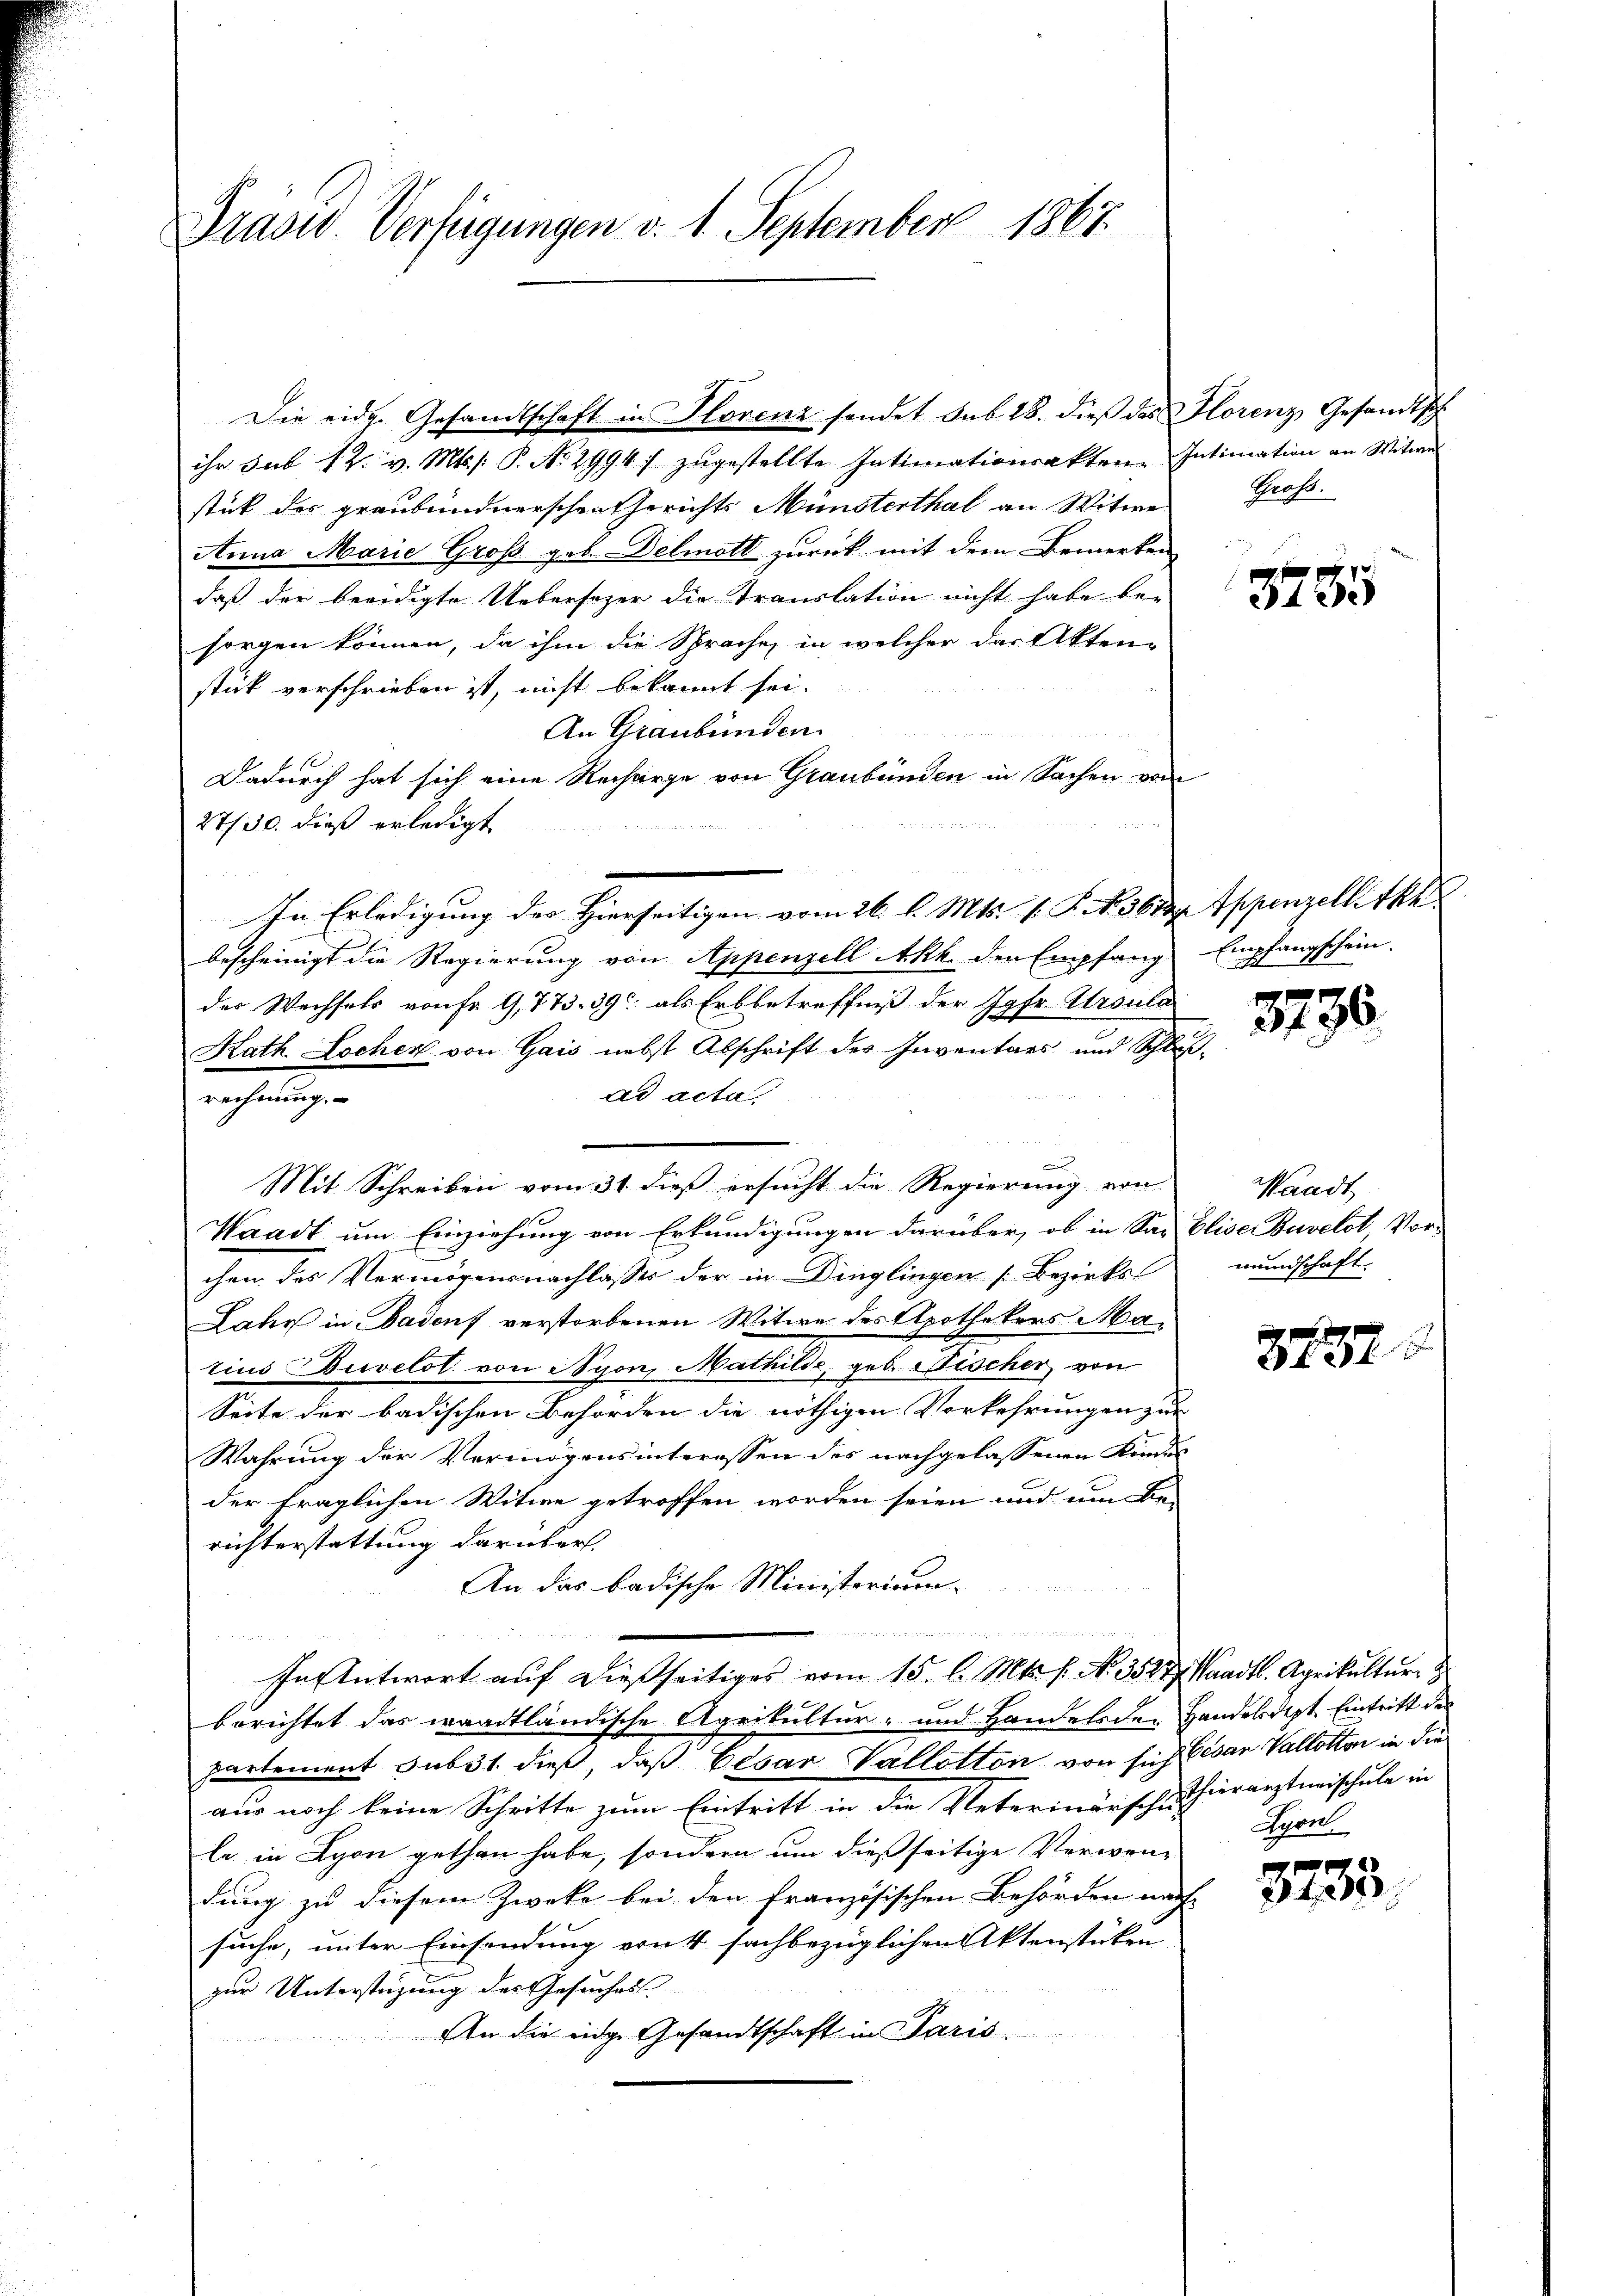
Präsid. Verfügungen d. 1. September 1867.

ihr sub 12. v. Mts. s. P. No. 2994) zŭgestellte Intimationsakten. Intimation an Witwe
stick der graubündnerschen Gerichts Münsterthal an Witwe
Anna Marie Groß geb. Delmatt zurück mit dem Bemerken
daß der beerdigte Uebersezer die Translation nicht habe be-
sorgen können, da ihm die Sprache, in welcher das Akten-
stük verschrieben ist, nicht bekannt sei.
An Graubünden
Dadurch hat sich eine Recharge von Graubünden in Sachen vom

27/30. dieß erledigt
In Erledigung des Hierseitigen vom 26. d. Mts. 1. P. N. 360. Appenzellitzk
bescheinigt die Regierung von Appenzell Akk. den Empfang
der Wechsels von Fr. 9,773. 39 als Erbbetreffniß der Jgfr. Ursula
Rath Lochen von Gais nebst Abschrift des Inventars und Schlußad acta
Mit Schreiben vom 31. dieß ersucht die Regierung von
Waadt um Einziehung von Erkundigungen darüber, ob in San Elise Bavelot, Vor-
chen des Vermögensnachlasser der in Dinglingen Bezirks-
Lahr in Badens verstorbenen Witwe des Apothekers Marius Duvetot von Nyon, Mathilde, geb. Fischer, von
Seite der badischen Behörden die nöthigen Vorkehrungen zur
Wahrung der Vermögensinteressen des nachgelassenen Kindes
der träglichen Witwe getroffen worden seien und um be-
richterstattung darüber.
An das badische Ministerium.
.
u
In Antwort auf dießseitiges vom 15. l. Mts. f. No. 3527, Waadt. Agrikultur
berichtet das waadtländische Agrikultur- und Handelsden Handeldest Eintritt des
partement sub 31 dieß, daß Cesar Vallotton von sich Cesan Vallotten in die
aus noch keine Schritte zum Eintritt in die Veterinärsche hierarztneischule in
le in Lyon gethan habe, sondern um dießseitige Verwendung zu diesem Zwecke bei den Französischen Behörden nach
suche, unter Einsendung ernt sachbezüglichen Aktenstücken
zur Unterstüzung des Gesuches
An die eidge Gesandtschaft in Paris.

rechnung.

Die eidg. Gesandtschaft in Florenz sendet sub 28. dieß das Florenz Gesandtsch

Gross.

3755

Empfangschein.

3796.

Waadt,
mundschaft.

2137

3733.

Sport